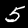
Label: 5